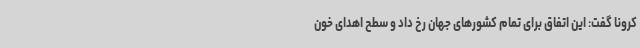
کرونا گفت: این اتفاق برای تمام کشورهای جهان رخ داد و سطح اهدای خون